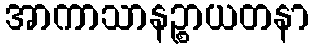
အာကာသာနဉ္စာယတနာ